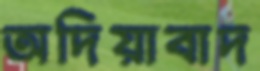
অদিয়াবাদ